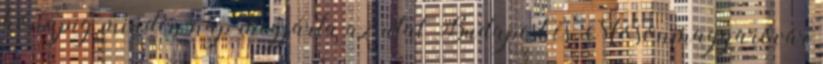
hónapig minden nap megjárta az utat Budapest és Mosonmagyaróvár